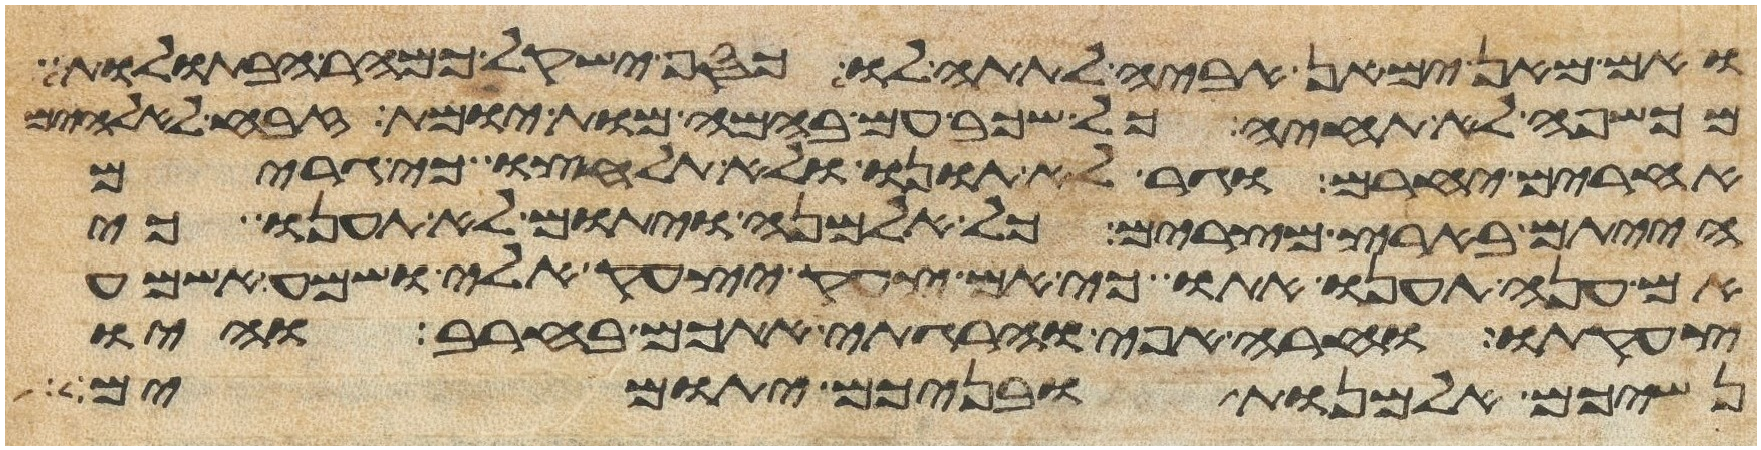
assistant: ואם מאן ימאן אביה לתתה לו כסף ישקל כמהר הבתולות
מכשפה לא תחיה כל שכב עם בהמה מות יומת זבח לאלהים
אחרים יחרם וגר לא תונו ולא תלחצו כי גרים
הייתם בארץ מצרים כל אלמנה ויתום לא תענו כי
אם ענה תענו אתו כי אם צעק יצעק אלי שמע אשמע
צעקתו וחרה אפי והרגתי אתכם בחרב והיו
נשיכם אלמנות ובניכם יתומים